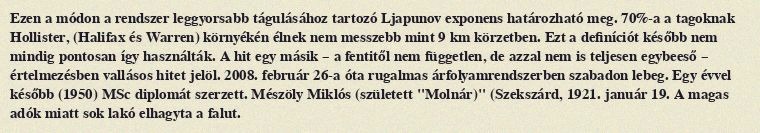
Ezen a módon a rendszer leggyorsabb tágulásához tartozó Ljapunov exponens határozható meg. 70%-a a tagoknak Hollister, (Halifax és Warren) környékén élnek nem messzebb mint 9 km körzetben. Ezt a definíciót később nem mindig pontosan így használták. A hit egy másik – a fentitől nem független, de azzal nem is teljesen egybeeső – értelmezésben vallásos hitet jelöl. 2008. február 26-a óta rugalmas árfolyamrendszerben szabadon lebeg. Egy évvel később (1950) MSc diplomát szerzett. Mészöly Miklós (született "Molnár)" (Szekszárd, 1921. január 19. A magas adók miatt sok lakó elhagyta a falut.